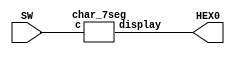
module ex2_3 (SW, HEX0);
    input [2:0] SW;
    output [6:0] HEX0;
    char_7seg m0(SW[2:0], HEX0[6:0]);
endmodule

module char_7seg(c, display);
    input [2:0] c;
    output [6:0] display;

    assign display[0] = c[2] | !c[0];
    assign display[1] = c[2] | c[1] ^ c[0];
    assign display[2] = c[2] | c[1] ^ c[0];
    assign display[3] = c[2] | ~c[1] & ~c[0];
    assign display[4] = c[2];
    assign display[5] = c[2];
    assign display[6] = c[2] | c[1];
endmodule